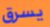
يسرق